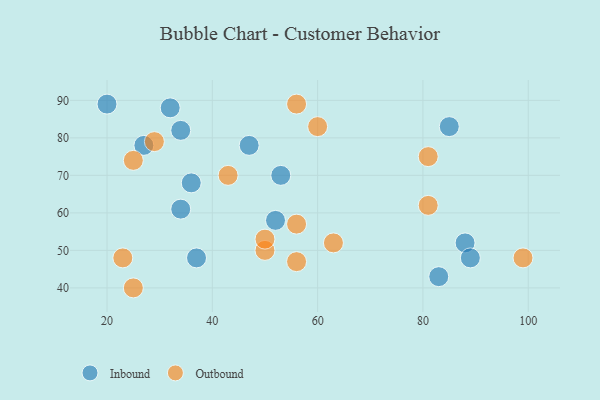
{"axis": {"x": "GDP", "y": "Life Expectancy"}, "legend": ["Inbound", "Outbound"], "data": [{"x": "88", "y": 52, "type": "Inbound"}, {"x": "32", "y": 88, "type": "Inbound"}, {"x": "34", "y": 61, "type": "Inbound"}, {"x": "20", "y": 89, "type": "Inbound"}, {"x": "83", "y": 43, "type": "Inbound"}, {"x": "52", "y": 58, "type": "Inbound"}, {"x": "34", "y": 82, "type": "Inbound"}, {"x": "85", "y": 83, "type": "Inbound"}, {"x": "89", "y": 48, "type": "Inbound"}, {"x": "47", "y": 78, "type": "Inbound"}, {"x": "36", "y": 68, "type": "Inbound"}, {"x": "37", "y": 48, "type": "Inbound"}, {"x": "27", "y": 78, "type": "Inbound"}, {"x": "53", "y": 70, "type": "Inbound"}, {"x": "60", "y": 83, "type": "Outbound"}, {"x": "56", "y": 57, "type": "Outbound"}, {"x": "99", "y": 48, "type": "Outbound"}, {"x": "25", "y": 40, "type": "Outbound"}, {"x": "25", "y": 74, "type": "Outbound"}, {"x": "81", "y": 62, "type": "Outbound"}, {"x": "43", "y": 70, "type": "Outbound"}, {"x": "56", "y": 47, "type": "Outbound"}, {"x": "56", "y": 89, "type": "Outbound"}, {"x": "63", "y": 52, "type": "Outbound"}, {"x": "50", "y": 50, "type": "Outbound"}, {"x": "50", "y": 53, "type": "Outbound"}, {"x": "29", "y": 79, "type": "Outbound"}, {"x": "81", "y": 75, "type": "Outbound"}, {"x": "23", "y": 48, "type": "Outbound"}]}